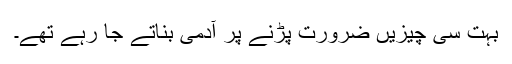
بہت سی چیزیں ضرورت پڑنے پر آدمی بناتے جا رہے تھے۔